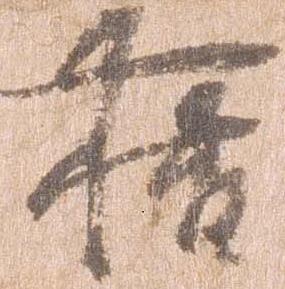
藉